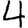
Digit: 4